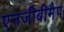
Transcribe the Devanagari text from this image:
एनजीबीमैप